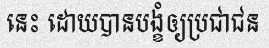
នេះ ដោយបានបង្ខំឲ្យប្រជាជន